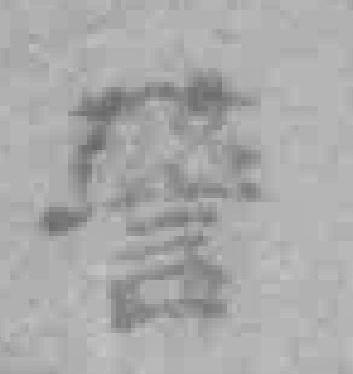
警